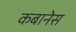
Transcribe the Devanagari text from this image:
कबानेस